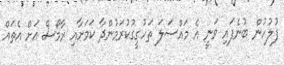
ފުލުހުން ބުނެފައި ވަނީ އެ މައްސަލަ ތަހުގީގުކުރަމުންދާ ކަމަށާއި ރާމޯސް އަށް އެތައް